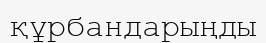
құрбандарыңды